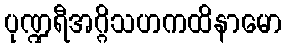
ပုဏ္ဍရီအဂ္ဂိသဟကထိနာမော